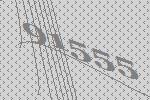
91555